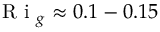
\textrm { R i } _ { g } \approx 0 . 1 - 0 . 1 5